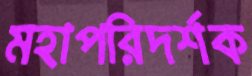
মহাপরিদর্শক